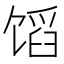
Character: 𬳊